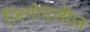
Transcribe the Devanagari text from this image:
ज़िगोएलीज़